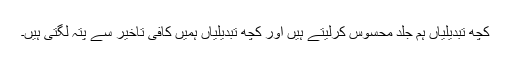
کچھ تبدیلیاں ہم جلد محسوس کرلیتے ہیں اور کچھ تبدیلیاں ہمیں کافی تاخیر سے پتہ لگتی ہیں۔